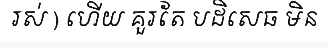
រស់ ) ហើយ គួរតែ បដិសេធ មិន